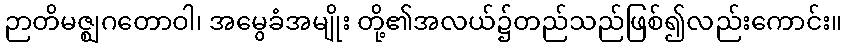
ဉာတိမဇ္ဈဂတောဝါ၊ အမွေခံအမျိုး တို့၏အလယ်၌တည်သည်ဖြစ်၍လည်းကောင်း။